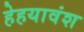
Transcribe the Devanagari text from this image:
हेहयावंश